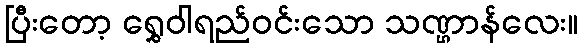
ပြီးတော့ ရွှေဝါရည်ဝင်းသော သဏ္ဌာန်လေး။